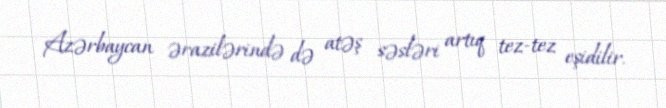
Azərbaycan ərazilərində də atəş səsləri artıq tez-tez eşidilir.